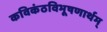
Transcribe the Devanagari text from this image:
कविकंठविभूषणार्थम्